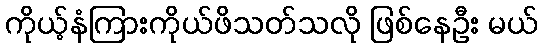
ကိုယ့်နံကြားကိုယ်ဖိသတ်သလို ဖြစ်နေဦး မယ်